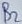
Text: B2